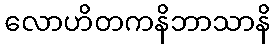
လောဟိတကနိဘာသာနိ